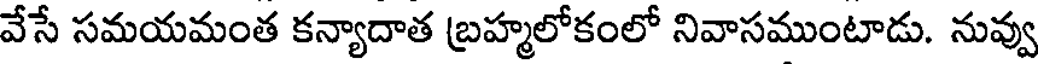
వేసే సమయమంత కన్యాదాత బ్రహ్మలోకంలో నివాసముంటాడు. నువ్వు